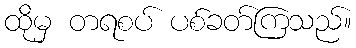
ထိုမှ တရစပ် ပစ်ခတ်ကြသည်။